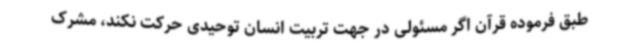
طبق فرموده قرآن اگر مسئولی در جهت تربیت انسان توحیدی حرکت نکند، مشرک